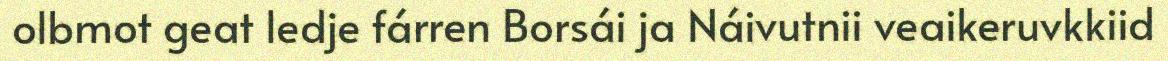
olbmot geat ledje fárren Borsái ja Náivutnii veaikeruvkkiid